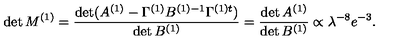
\det M ^ { ( 1 ) } = \frac { \det ( A ^ { ( 1 ) } - \Gamma ^ { ( 1 ) } B ^ { ( 1 ) - 1 } \Gamma ^ { ( 1 ) t } ) } { \det B ^ { ( 1 ) } } = \frac { \det A ^ { ( 1 ) } } { \det B ^ { ( 1 ) } } \propto \lambda ^ { - 8 } e ^ { - 3 } .